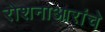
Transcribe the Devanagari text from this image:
रोशनाआरांचे